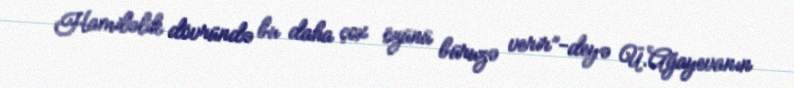
Hamiləlik dövründə bu daha çox özünü büruzə verir”-deyə Ü.Ağayevanın